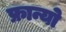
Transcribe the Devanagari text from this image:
फ्रान्यो